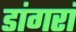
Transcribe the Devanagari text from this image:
डांगरां